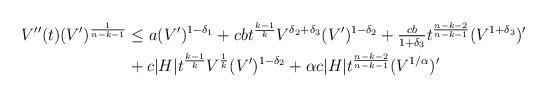
LaTeX: \begin{align*}V''(t)(V')^\frac{1}{n-k-1}&\leq a(V')^{1-\delta_1}+cb t^\frac{k-1}{k}V^{\delta_2+\delta_3}(V')^{1-\delta_2} + \tfrac{cb}{{1+\delta_3}} t^\frac{n-k-2}{n-k-1}(V^{1+\delta_3})' \\&+ c|H| t^\frac{k-1}{k}V^{\frac{1}{k}}(V')^{1-\delta_2} + \alpha c|H| t^\frac{n-k-2}{n-k-1}(V^{1/\alpha})'\end{align*}